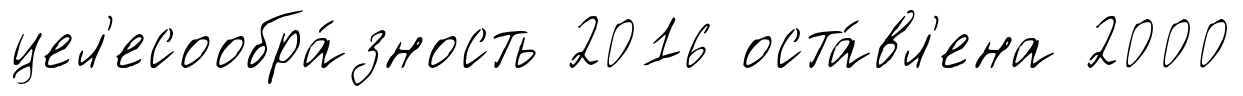
цел'есообра́зность 2016 оста́вл'ена 2000